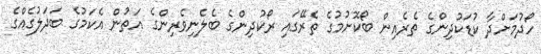
ހޯދުމަށްދާ ކުޑަކުދިންގެ ތެރެއިން ބޯކޮށުމުގެ ތެރޭގައި ރޯކުދިންގެ ބެލެނިވެރިންގެ އަތުން އެކަމުގެ ބަދަލުގެއްގެ